Document type: Emphyteutic lease
Year: 1473
Scribe: [Unknown]
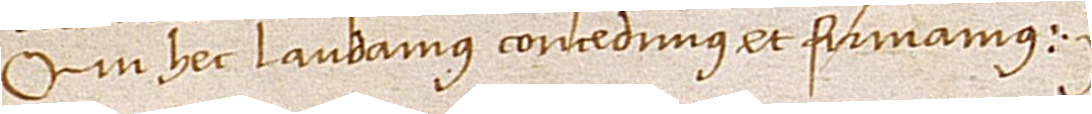
qui hec laudamus, concedimus et firmamus.